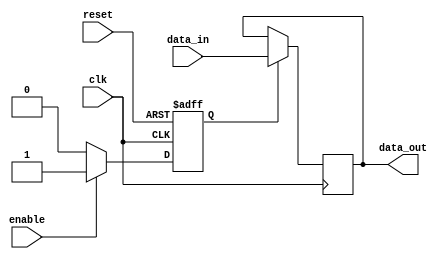
module Transmission_Gate_Delay(
    input wire clk,
    input wire reset,
    input wire enable,
    input wire data_in,
    output reg data_out
);

reg transmission_gate;

always @(posedge clk or posedge reset) begin
    if (reset) begin
        transmission_gate <= 0;
    end else begin
        if (enable) begin
            transmission_gate <= 1;
        end else begin
            transmission_gate <= 0;
        end
    end
end

always @(posedge clk) begin
    if (transmission_gate) begin
        data_out <= data_in;
    end
end

endmodule